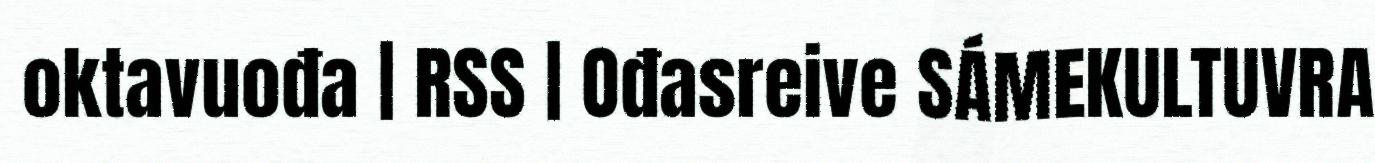
oktavuođa | RSS | Ođasreive SÁMEKULTUVRA